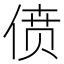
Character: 偾